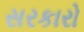
સરકારો